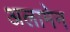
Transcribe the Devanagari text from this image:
अलामेन